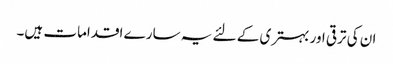
ان کی ترقی اور بہتری کے لئے یہ سارے اقدامات ہیں۔